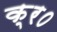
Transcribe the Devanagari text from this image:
क्र०